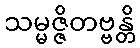
သမ္မဇ္ဇိတဗ္ဗန္တိ